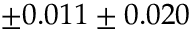
\pm 0 . 0 1 1 \pm 0 . 0 2 0